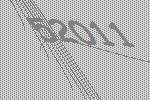
52011